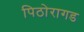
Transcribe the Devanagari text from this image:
पिठोरागड